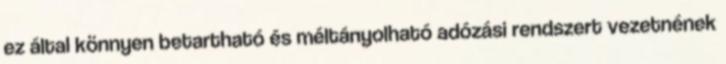
ez által könnyen betartható és méltányolható adózási rendszert vezetnének